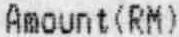
AMOUNT (RM)